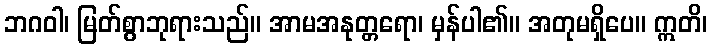
ဘဂဝါ၊ မြတ်စွာဘုရားသည်။ အာမအနုတ္တရော၊ မှန်ပါ၏။ အတုမရှိပေ။ ဣတိ၊